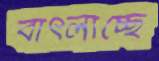
বাৎলাচ্ছে